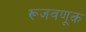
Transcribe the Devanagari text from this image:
रूजवणूक